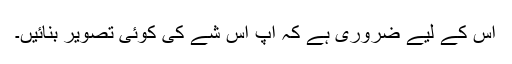
اس کے لیے ضروری ہے کہ آپ اس شے کی کوئی تصویر بنائیں۔